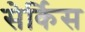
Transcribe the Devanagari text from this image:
सेर्किस